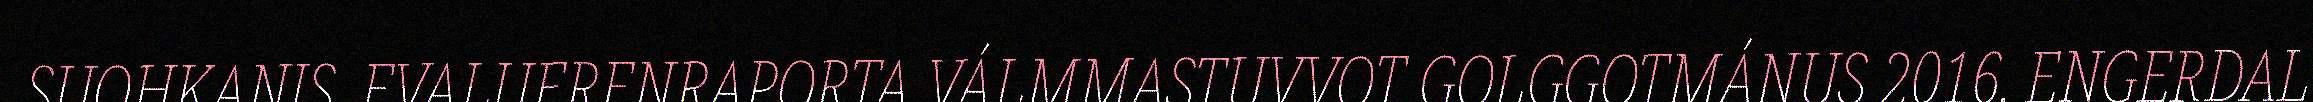
SUOHKANIS. EVALUERENRAPORTA VÁLMMASTUVVOT GOLGGOTMÁNUS 2016. ENGERDAL